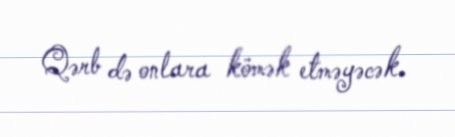
Qərb də onlara kömək etməyəcək.